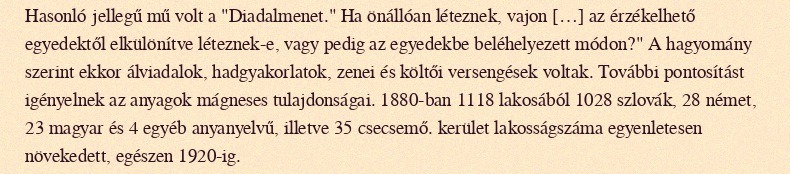
Hasonló jellegű mű volt a "Diadalmenet." Ha önállóan léteznek, vajon […] az érzékelhető egyedektől elkülönítve léteznek-e, vagy pedig az egyedekbe beléhelyezett módon?" A hagyomány szerint ekkor álviadalok, hadgyakorlatok, zenei és költői versengések voltak. További pontosítást igényelnek az anyagok mágneses tulajdonságai. 1880-ban 1118 lakosából 1028 szlovák, 28 német, 23 magyar és 4 egyéb anyanyelvű, illetve 35 csecsemő. kerület lakosságszáma egyenletesen növekedett, egészen 1920-ig.